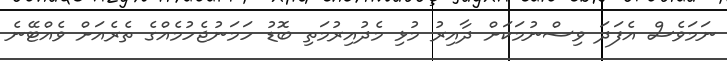
ނަމަވެސް އެފަދަ ވިސްނުމަކަށް ދާއިރު މުޅި މެދުއިރުމަތި ބޮޑު ހަމަނުޖެހުމެއްގެ ތެރެއަށް ވެއްޓޭނެ